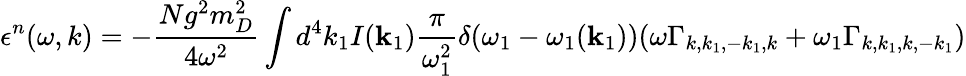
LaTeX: \epsilon^{n}(\omega,k)=-{\frac{Ng^{2}m_{D}^{2}}{4\omega^{2}}}\int d^{4}k_{1}I({\mathbf k_{1}}){\frac{\pi}{\omega_{1}^{2}}}\delta(\omega_{1}-\omega_{1}({\mathbf k_{1}}))(\omega\Gamma_{k,k_{1},-k_{1},k}+\omega_{1}\Gamma_{k,k_{1},k,-k_{1}})